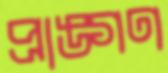
প্রাঙ্গণ